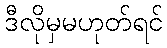
ဒီလိုမှမဟုတ်ရင်